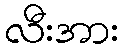
လီးအား